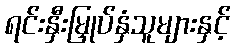
ရင်းနှီးမြှုပ်နှံသူများနှင့်